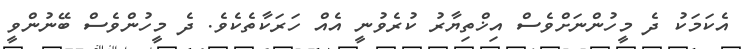
އެކަމަކު ދެ މީހުންނަށްވެސް އިޚްތިޔާރު ކުރެވުނީ އެއް ހަރަކާތެކެވެ. ދެ މީހުންވެސް ބޭނުންވީ